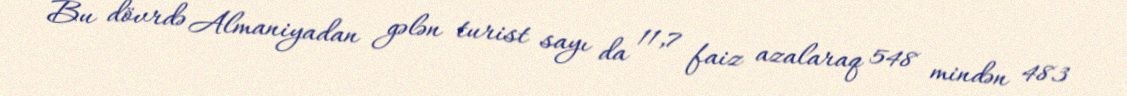
Bu dövrdə Almaniyadan gələn turist sayı da 11,7 faiz azalaraq 548 mindən 483